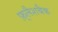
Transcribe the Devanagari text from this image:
फ़्लैशबैक